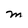
Character: M